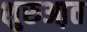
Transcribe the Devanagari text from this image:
शुरुआ़त